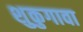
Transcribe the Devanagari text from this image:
शुकुगावा